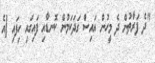
"ދެ ފަރާތުން ދެ މީހުން އައިސް ގަދަކަމުން ކޮނޑާއި ފައިގައި ހިފައި [އެ